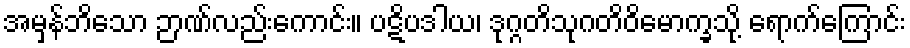
အမှန်ဘိသော ဉာဏ်လည်းကောင်း။ ပဋိပဒါယ၊ ဒုဂ္ဂတိသုဂတိဝိမောက္ခသို့ ရောက်ကြောင်း